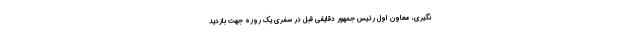
نگیری، معاون اول رئیس جمهور دقایقی قبل در سفری یک روزه جهت بازدید